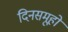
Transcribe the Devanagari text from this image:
दिनसमूहों